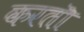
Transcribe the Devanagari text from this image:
करतॊ